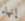
إنهاء